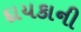
દાયકાની